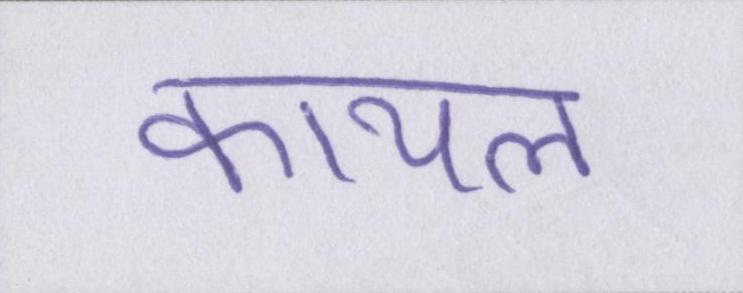
कायल